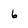
Character: 6